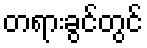
တရားခွင်တွင်